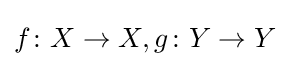
f\colon X\to X,g\colon Y\to Y